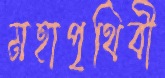
মহাপৃথিবী